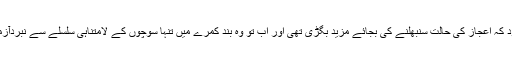
باوجود کہ اعجاز کی حالت سنبھلنے کی بجائے مزید بگڑی تھی اور اب تو وہ بند کمرے میں تنہا سوچوں کے لامتناہی سلسلے سے نبردآزما تھا۔